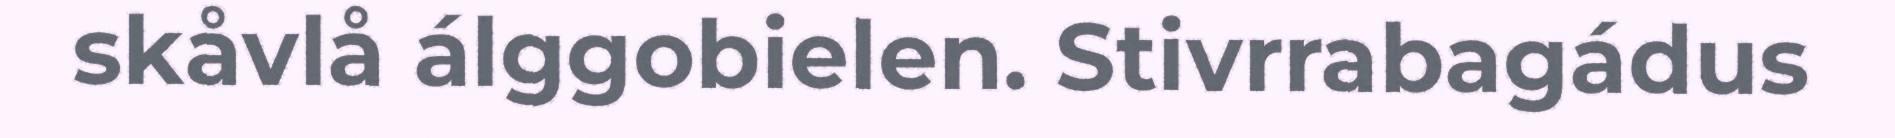
skåvlå álggobielen. Stivrrabagádus